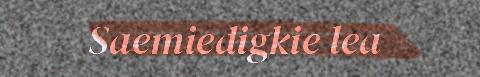
Saemiedigkie lea